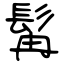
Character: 髯